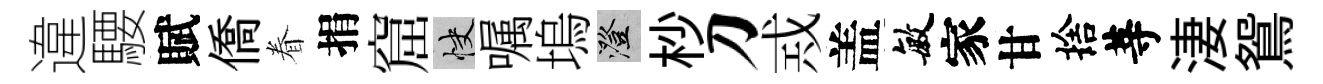
違騕賦僑眷捐窟快嘱塢澄杪刀𢦶盖敏家甘捨䓁淒鴛